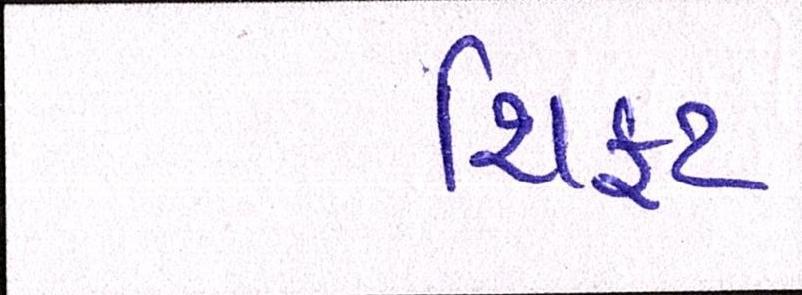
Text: શિફટ